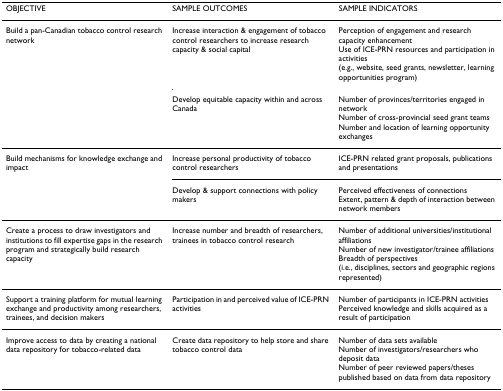
<table><thead><tr><td><b>OBJECTIVE</b></td><td><b>SAMPLE OUTCOMES</b></td><td><b>SAMPLE INDICATORS</b></td></tr></thead><tbody><tr><td>Build a pan-Canadian tobacco control research network</td><td>Increase interaction &amp; engagement of tobacco control researchers to increase research capacity &amp; social capital</td><td>Perception of engagement and research capacity enhancementUse of ICE-PRN resources and participation in activities (e.g., website, seed grants, newsletter, learning opportunities program)</td></tr><tr><td></td><td>Develop equitable capacity within and across Canada</td><td>Number of provinces/territories engaged in networkNumber of cross-provincial seed grant teamsNumber and location of learning opportunity exchanges</td></tr><tr><td>Build mechanisms for knowledge exchange and impact</td><td>Increase personal productivity of tobacco control researchers</td><td>ICE-PRN related grant proposals, publications and presentations</td></tr><tr><td></td><td>Develop &amp; support connections with policy makers</td><td>Perceived effectiveness of connectionsExtent, pattern &amp; depth of interaction between network members</td></tr><tr><td>Create a process to draw investigators and institutions to fill expertise gaps in the research program and strategically build research capacity</td><td>Increase number and breadth of researchers, trainees in tobacco control research</td><td>Number of additional universities/institutional affiliationsNumber of new investigator/trainee affiliationsBreadth of perspectives (i.e., disciplines, sectors and geographic regions represented)</td></tr><tr><td>Support a training platform for mutual learning exchange and productivity among researchers, trainees, and decision makers</td><td>Participation in and perceived value of ICE-PRN activities</td><td>Number of participants in ICE-PRN activitiesPerceived knowledge and skills acquired as a result of participation</td></tr><tr><td>Improve access to data by creating a national data repository for tobacco-related data</td><td>Create data repository to help store and share tobacco control data</td><td>Number of data sets availableNumber of investigators/researchers who deposit dataNumber of peer reviewed papers/theses published based on data from data repository</td></tr></tbody></table>